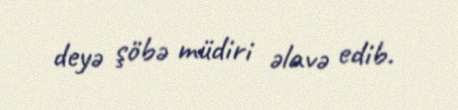
deyə şöbə müdiri əlavə edib.